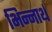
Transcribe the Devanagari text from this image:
भिन्नार्थ